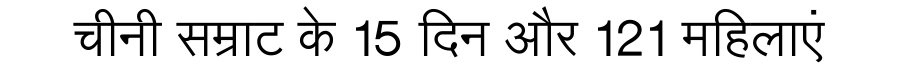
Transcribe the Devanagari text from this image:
चीनी सम्राट के 15 दिन और 121 महिलाएं